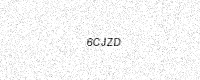
Text: 6CJZD